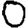
Digit: 0